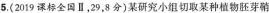
5.(2019课标全国Ⅱ，29，8分)某研究小组切取某种植物胚芽鞘